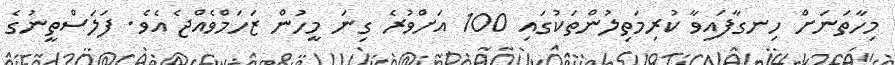
މިހާތަނަށް ހިނގާފައިވާ ކުރިމަތިލުންތަކުގައި 100 އަށްވުރެ ގިނަ މީހުން ޒަހަމްވެއްޖެ އެވެ. ފަލަސްތީނުގެ